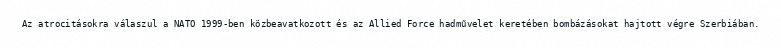
Az atrocitásokra válaszul a NATO 1999-ben közbeavatkozott és az Allied Force hadművelet keretében bombázásokat hajtott végre Szerbiában.